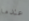
عندما